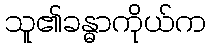
သူ၏ခန္ဓာကိုယ်က